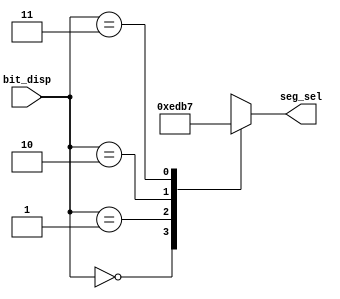
`timescale 1ns / 1ps
//////////////////////////////////////////////////////////////////////////////////
// Company: 
// Engineer: 
// 
// Design Name: 
// Module Name: seg_sel_decoder
// Project Name: 
// Target Devices: 
// Tool Versions: 
// Description: 
// 
// Dependencies: 
// 
// Revision:
// Revision 0.01 - File Created
// Additional Comments:
// 
//////////////////////////////////////////////////////////////////////////////////


module seg_sel_decoder(bit_disp,seg_sel);
input [1:0] bit_disp;
output reg [3:0] seg_sel;
always@(bit_disp)
case(bit_disp)
 2'b00 : seg_sel = 4'b1110;
 2'b01 : seg_sel = 4'b1101;
 2'b10 : seg_sel = 4'b1011;
 2'b11 : seg_sel = 4'b0111;
default : seg_sel = 4'b1111;
endcase
endmodule